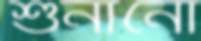
শুনানো